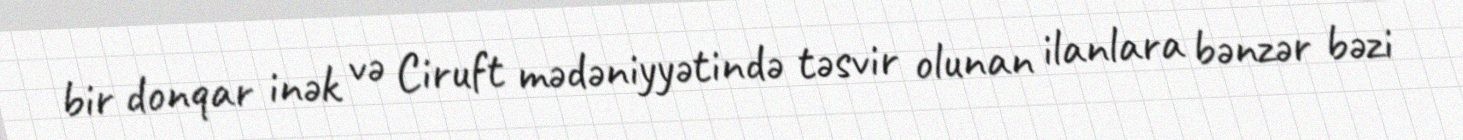
bir donqar inək və Ciruft mədəniyyətində təsvir olunan ilanlara bənzər bəzi